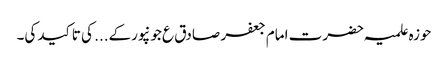
حوزہ علمیہ حضرت امام جعفر صادق ع جونپورکے... کی تاکید کی۔